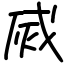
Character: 烕